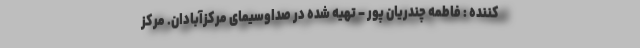
کننده : فاطمه چندریان پور – تهیه شده در صداوسیمای مرکزآبادان. مرکز